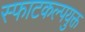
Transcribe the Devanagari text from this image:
स्फाटकल्पयुक्त